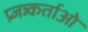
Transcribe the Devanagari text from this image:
प्र्जन्न्कर्ताओ